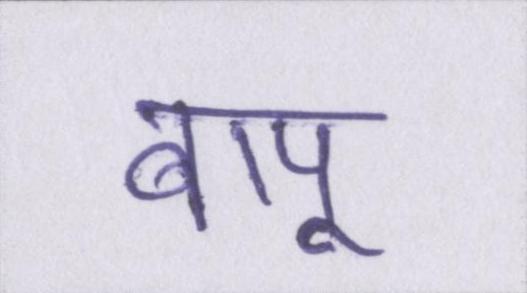
बापू